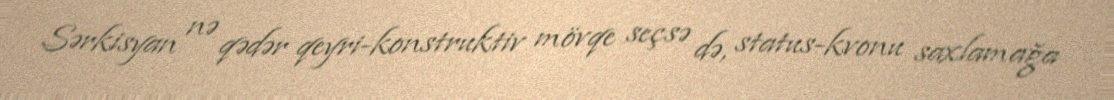
Sərkisyan nə qədər qeyri-konstruktiv mövqe seçsə də, status-kvonu saxlamağa